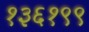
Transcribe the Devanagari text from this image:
१३६१९९